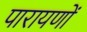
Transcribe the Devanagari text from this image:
पारायणों